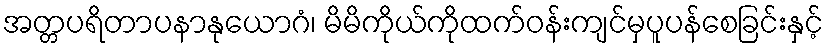
အတ္တပရိတာပနာနုယောဂံ၊ မိမိကိုယ်ကိုထက်ဝန်းကျင်မှပူပန်စေခြင်းနှင့်